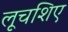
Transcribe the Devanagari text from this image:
लूचशिए